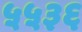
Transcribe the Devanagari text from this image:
५५३६